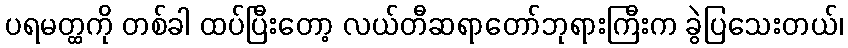
ပရမတ္ထကို တစ်ခါ ထပ်ပြီးတော့ လယ်တီဆရာတော်ဘုရားကြီးက ခွဲပြသေးတယ်၊